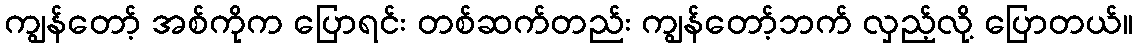
ကျွန်တော့် အစ်ကိုက ပြောရင်း တစ်ဆက်တည်း ကျွန်တော့်ဘက် လှည့်လို့ ပြောတယ်။